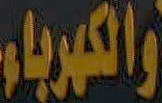
والكهرباء